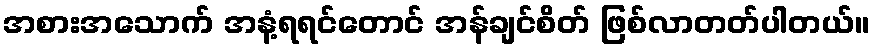
အစားအသောက် အနံ့ရရင်တောင် အန်ချင်စိတ် ဖြစ်လာတတ်ပါတယ်။